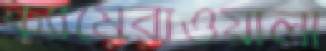
ক্যামেরাওয়ালা